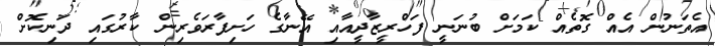
އެތަނުން އެއް ގޮތެއް ކަމަށް ބުނަނީ ފަހްރީޒާދީއާއި އޭނާގެ ހަށިފާރަވެރިން ކާރުގައި ދަނިކޮށް